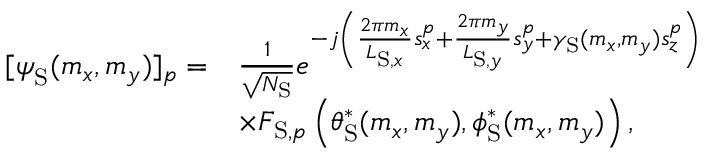
\begin{array} { r l } { [ \boldsymbol { \psi } _ { \mathrm { S } } ( m _ { x } , m _ { y } ) ] _ { p } = } & { \frac { 1 } { \sqrt { N _ { \mathrm { S } } } } e ^ { - j \left( \frac { 2 \pi m _ { x } } { L _ { \mathrm { S } , x } } s _ { x } ^ { p } + \frac { 2 \pi m _ { y } } { L _ { \mathrm { S } , y } } s _ { y } ^ { p } + \gamma _ { \mathrm { S } } ( m _ { x } , m _ { y } ) s _ { z } ^ { p } \right) } } \\ & { \times F _ { \mathrm { S } , p } \left( \theta _ { \mathrm { S } } ^ { * } ( m _ { x } , m _ { y } ) , \phi _ { \mathrm { S } } ^ { * } ( m _ { x } , m _ { y } ) \right) , } \end{array}